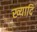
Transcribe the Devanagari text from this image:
ख्यादि